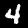
Label: 4